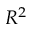
R ^ { 2 }